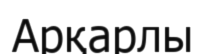
Арқарлы